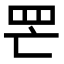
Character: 𦉾